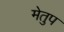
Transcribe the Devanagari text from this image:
मेेतुप